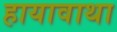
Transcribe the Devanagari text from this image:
हायावाथा